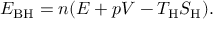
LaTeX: E _ { \mathrm { B H } } = n ( E + p V - T _ { \mathrm { H } } S _ { \mathrm { H } } ) .